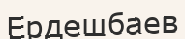
Ердешбаев